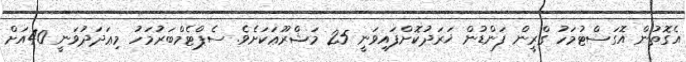
އެގޮތުން އޮގަސްޓުމަހު ގްރީން ފަންޑުން ޚަރަދުކޮށްފައިވަނީ 25 މަޝްރޫޢަކަށެވެ. ސެޕްޓެމްބަރުމަހު މިޢަދަދުވަނީ 40އަށް